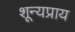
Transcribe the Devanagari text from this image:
शून्यप्राय